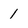
Character: 1